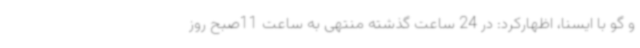
و گو با ایسنا، اظهارکرد: در 24 ساعت گذشته منتهی به ساعت 11صبح روز